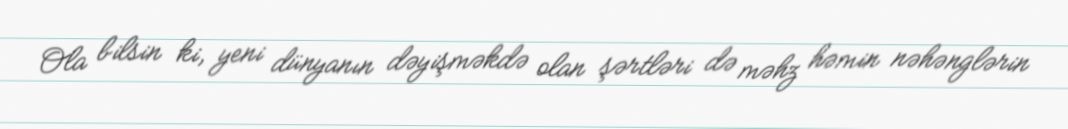
Ola bilsin ki, yeni dünyanın dəyişməkdə olan şərtləri də məhz həmin nəhənglərin